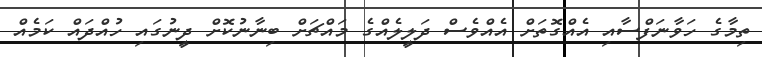
ތިމާގެ ހަވާނަފްސާއި އެއްގޮތަށް އެއްވެސް ދަލީލެއްގެ މައްޗަށް ބިނާނުކޮށް ދީނުގައި ހުއްދައް ކަމެއް